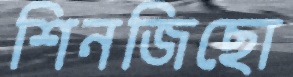
শিনজিছো